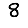
Digit: 8